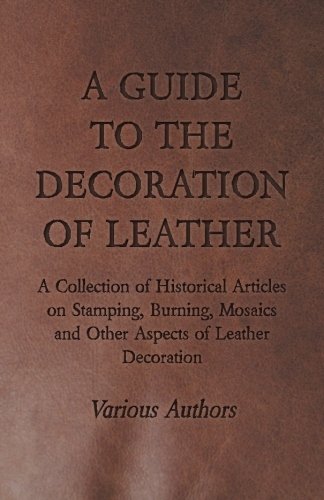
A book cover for A Guide to the Decoration of Leather - A Collection of Historical Articles on Stamping, Burning, Mosaics and Other Aspects of Leather Decoration; Various; Crafts, Hobbies & Home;